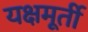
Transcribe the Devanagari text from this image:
यक्षमूर्ती